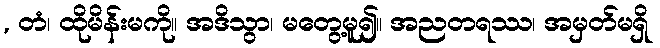
, တံ၊ ထိုမိန်းမကို။ အဒိသွာ၊ မတွေ့မူ၍။ အညတရဿ၊ အမှတ်မရှိ